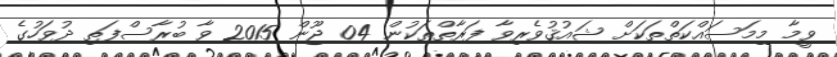
ވީމާ މިމަސައްކަތްތަކަށް ޝައުޤުވެރިވާ ފަރާތްތަކުން 04 ޖޫން 2015 ވާ ބުރާސްފަތި ދުވަހުގެ